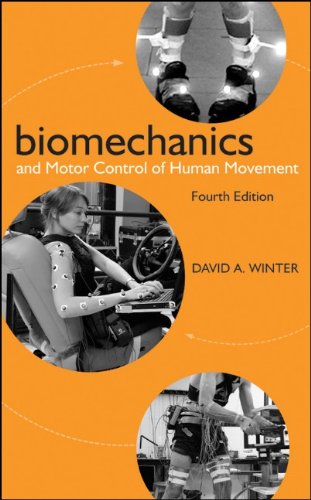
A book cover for Biomechanics and Motor Control of Human Movement; David A. Winter; Medical Books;